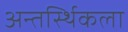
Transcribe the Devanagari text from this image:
अन्तर्स्थिकला